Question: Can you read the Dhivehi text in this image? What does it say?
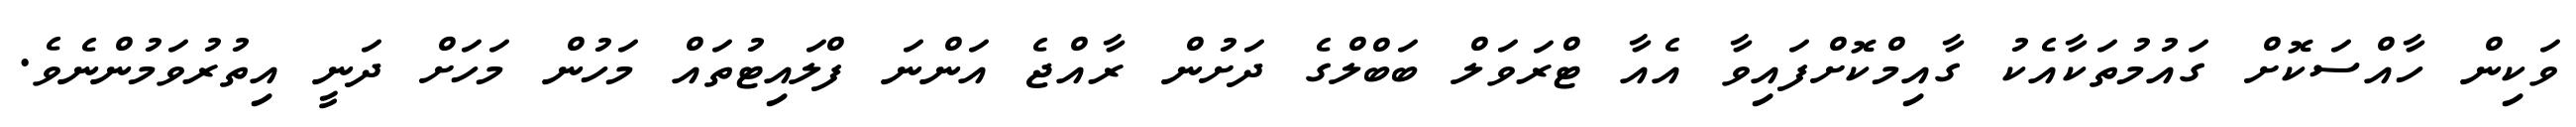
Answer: ވަކިން ހާއްސަކޮށް ގައުމުތަކާއެކު ގާއިމްކޮށްފައިވާ އެއާ ޓްރަވަލް ބަބްލްގެ ދަށުން ރާއްޖެ އަންނަ ފްލައިޓުތައް މަހުން މަހަށް ދަނީ އިތުރުވަމުންނެވެ.